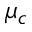
\mu _ { c }